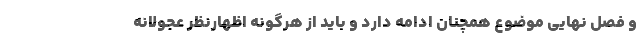
و فصل نهایی موضوع همچنان ادامه دارد و باید از هرگونه اظهارنظر عجولانه